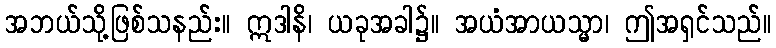
အဘယ်သို့ဖြစ်သနည်း။ ဣဒါနိ၊ ယခုအခါ၌။ အယံအာယသ္မာ၊ ဤအရှင်သည်။